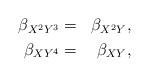
LaTeX: \begin{align*}\begin{aligned}\beta_{X^2Y^3} &=& \beta_{X^2Y},\\\beta_{XY^4} &=& \beta_{XY},\end{aligned}\end{align*}